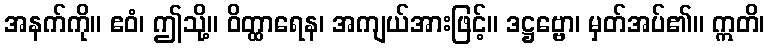
အနက်ကို။ ဧဝံ၊ ဤသို့။ ဝိတ္ထာရေန၊ အကျယ်အားဖြင့်။ ဒဋ္ဌဗ္ဗော၊ မှတ်အပ်၏။ ဣတိ၊